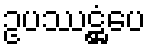
ဥပဿဋ္ဌံပေ